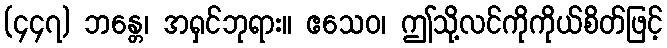
(၄၄၇) ဘန္တေ၊ အရှင်ဘုရား။ ဧသေဝ၊ ဤသို့လင်ကိုကိုယ်စိတ်ဖြင့်